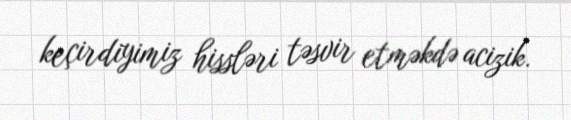
keçirdiyimiz hissləri təsvir etməkdə acizik.